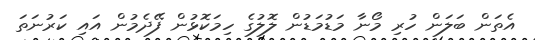
އެތަން ބަލަން ހުރި މޯނާ މަޑުމަޑުން ލޮލުގެ ހިމަކޮޅުން ފޭދެމުން އައި ކަރުނަތަ